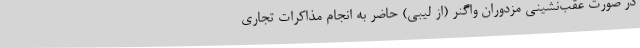
در صورت عقب‌نشینی مزدوران واگنر (از لیبی) حاضر به انجام مذاکرات تجاری